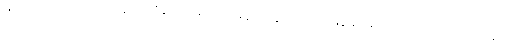
ဇာတ်ကားထဲက ကမ်းခြေမှာ သီချင်း သရုပ်ဖော်ခန်း တွေကလည်း မြန်မာပရိသတ်ရင်ထဲမှာ တင်ကျန်တဲ့